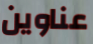
عناوين